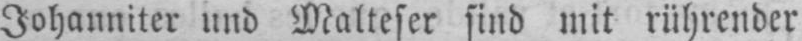
Johanniter und Malteser sind mit rührender